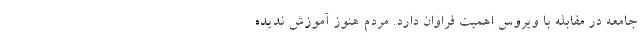
جامعه در مقابله با ویروس اهمیت فراوان دارد. مردم هنوز آموزش ندیده